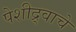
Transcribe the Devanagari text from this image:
पेशीद्र्वाचे